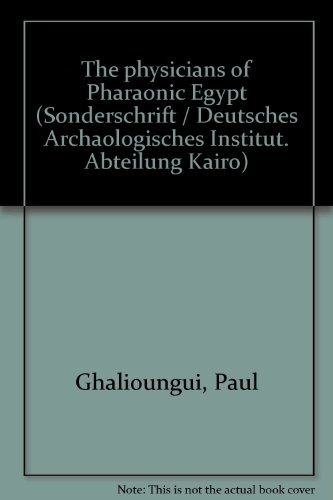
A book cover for The physicians of Pharaonic Egypt (Sonderschrift / Deutsches Archaologisches Institut. Abteilung Kairo); Paul Ghalioungui; History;